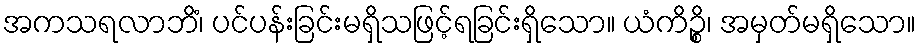
အကသရလာဘိံ၊ ပင်ပန်းခြင်းမရှိသဖြင့်ရခြင်းရှိသော။ ယံကိဉ္စိ၊ အမှတ်မရှိသော။